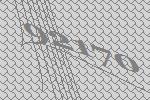
92170